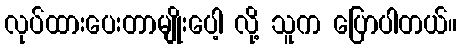
လုပ်ထားပေးတာမျိုးပေါ့ လို့ သူက ပြောပါတယ်။